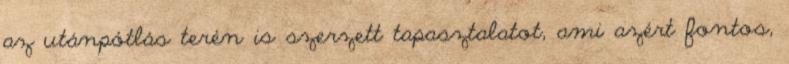
az utánpótlás terén is szerzett tapasztalatot, ami azért fontos,